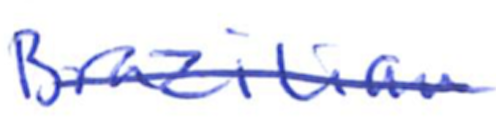
Text: Brazilian
Cross-out: single-line
Writing tool: ballpoint